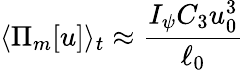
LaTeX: \langle\Pi_{m}[u]\rangle_{t}\approx\frac{I_{\psi}C_{3}u_{0}^{3}}{\ell_{0}}